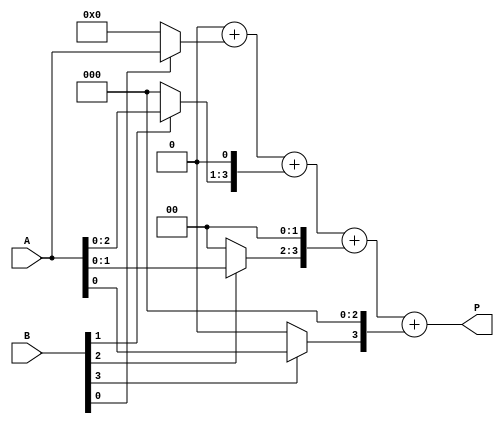
module array_multiplier #(
    parameter A_WIDTH = 4,
    parameter B_WIDTH = 4
) (
    input  [A_WIDTH-1:0] A,
    input  [B_WIDTH-1:0] B,
    output reg [A_WIDTH + B_WIDTH - 1:0] P
);

// Generate partial products
wire [A_WIDTH-1:0] pp[B_WIDTH-1:0];

genvar i;
generate
    for (i = 0; i < B_WIDTH; i = i + 1) begin : partial_product_generation
        assign pp[i] = (B[i] ? A : {A_WIDTH{1'b0}}) << i;  // Shift A based on B[i]
    end
endgenerate

// Sum partial products
reg [A_WIDTH + B_WIDTH - 1:0] sum;
integer j;
always @(*) begin
    sum = 0;
    // Combine all partial products
    for (j = 0; j < B_WIDTH; j = j + 1) begin
        sum = sum + pp[j];
    end
    P = sum;
end

endmodule